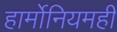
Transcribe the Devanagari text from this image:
हार्मोनियमही